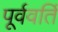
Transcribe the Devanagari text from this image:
पूर्ववर्ति